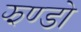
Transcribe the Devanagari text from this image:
झण्डो